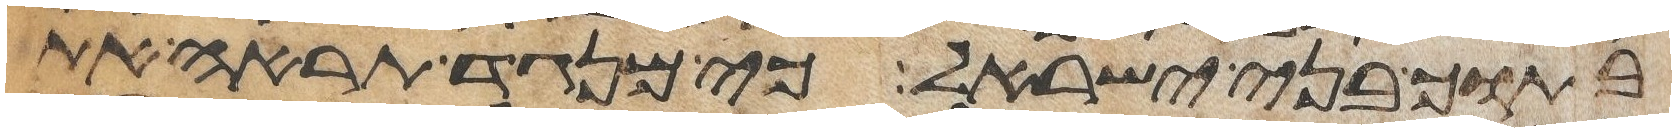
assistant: בתוך בני ישראל כי מנגד תראה את